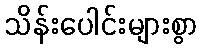
သိန်းပေါင်းများစွာ